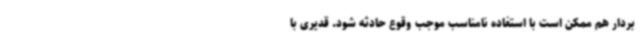
بردار هم ممکن است با استفاده نامناسب موجب وقوع حادثه شود. قدیری با